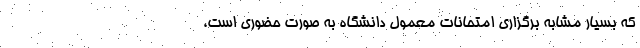
که بسیار مشابه برگزاری امتحانات معمول دانشگاه به صورت حضوری است،